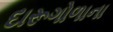
દારૂગોળાના